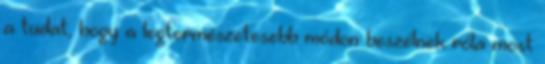
a tudat, hogy a legtermészetesebb módon beszélnek róla most